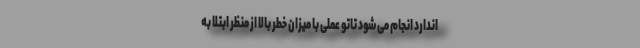
اندارد انجام می شود تاتو عملی با میزان خطر بالا از منظر ابتلا به